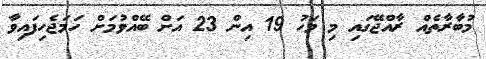
މުބާރާތެއް ރާއްޖޭގައި މި މަހު 19 އިން 23 އަށް ބޭއްވުމަށް ހަމަޖެހިފައިވާ